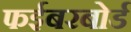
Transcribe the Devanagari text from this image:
फईबरबोर्ड